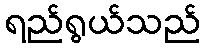
ရည်ရွယ်သည်